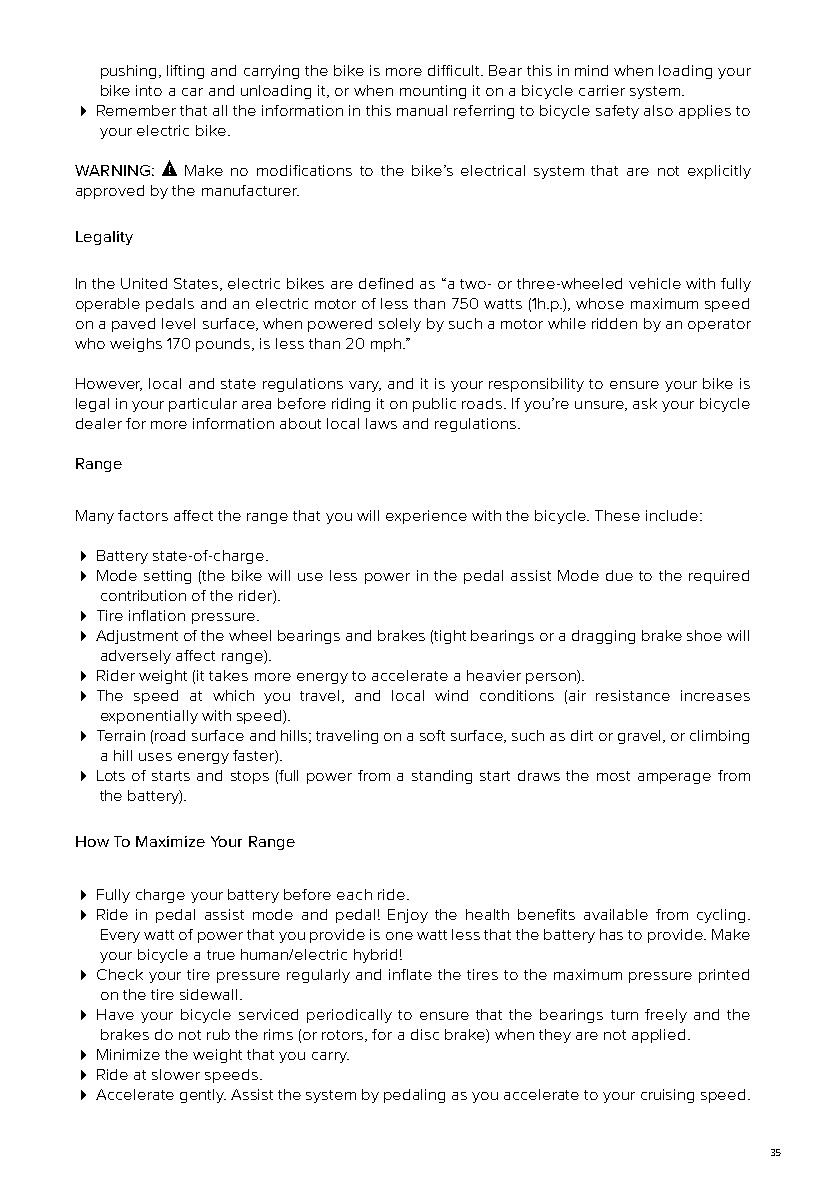
pushing, lifting and carrying the bike is more difficult. Bear this in mind when loading your
 bike into a car and unloading it, or when mounting it on a bicycle carrier system.
  Remember that all the information in this manual referring to bicycle safety also applies to
 your electric bike.
 WARNING: Make no modifications to the bike’s electrical system that are not explicitly
 approved by the manufacturer.
 Legality
 In the United States, electric bikes are defined as “a two- or three-wheeled vehicle with fully
 operable pedals and an electric motor of less than 750 watts (1h.p.), whose maximum speed
 on a paved level surface, when powered solely by such a motor while ridden by an operator
 who weighs 170 pounds, is less than 20 mph.”
 However, local and state regulations vary, and it is your responsibility to ensure your bike is
 legal in your particular area before riding it on public roads. If you’re unsure, ask your bicycle
 dealer for more information about local laws and regulations.
 Range
 Many factors affect the range that you will experience with the bicycle. These include:
  Battery state-of-charge.
  Mode setting (the bike will use less power in the pedal assist Mode due to the required
 contribution of the rider).
  Tire inflation pressure.
  Adjustment of the wheel bearings and brakes (tight bearings or a dragging brake shoe will
 adversely affect range).
  Rider weight (it takes more energy to accelerate a heavier person).
  The speed at which you travel, and local wind conditions (air resistance increases
 exponentially with speed).
  Terrain (road surface and hills; traveling on a soft surface, such as dirt or gravel, or climbing
 a hill uses energy faster).
  Lots of starts and stops (full power from a standing start draws the most amperage from
 the battery).
 How To Maximize Your Range
  Fully charge your battery before each ride.
  Ride in pedal assist mode and pedal! Enjoy the health benefits available from cycling.
 Every watt of power that you provide is one watt less that the battery has to provide. Make
 your bicycle a true human/electric hybrid!
  Check your tire pressure regularly and inflate the tires to the maximum pressure printed
 on the tire sidewall.
  Have your bicycle serviced periodically to ensure that the bearings turn freely and the
 brakes do not rub the rims (or rotors, for a disc brake) when they are not applied.
  Minimize the weight that you carry.
  Ride at slower speeds.
  Accelerate gently. Assist the system by pedaling as you accelerate to your cruising speed.
 35